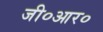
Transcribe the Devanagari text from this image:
जी०आर०